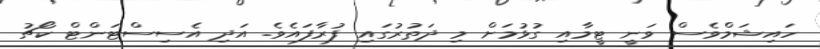
ހައިޝަމްވެސް ވަނީ ޓީމާއި ގުޅުމަށް މި ދަތުރުގައި ފުރާފައެވެ. އަދި އެސިސްޓަންޓް ކޯޗު